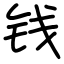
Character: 钱